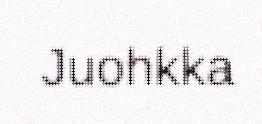
Juohkka